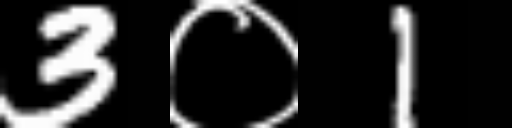
Text: 3०1